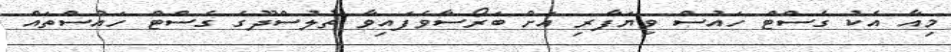
މިއާ އެކު ގެސްޓް ހައުސް ވިޔަފާރި އަށް ބަރޯސާވެފައިވާ ތުލުސްދޫގެ ގެސްޓް ހައުސްތައް